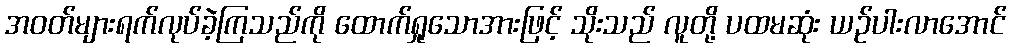
အဝတ်များရက်လုပ်ခဲ့ကြသည်ကို ထောက်ရှုသောအားဖြင့် သိုးသည် လူတို့ ပထမဆုံး ယဉ်ပါးလာအောင်